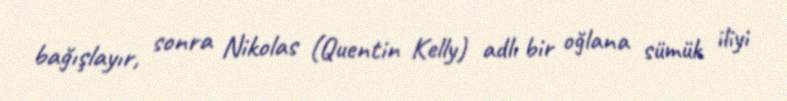
bağışlayır, sonra Nikolas (Quentin Kelly) adlı bir oğlana sümük iliyi